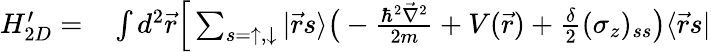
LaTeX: \begin{array}{rl}{H_{2D}^{\prime}=}&{{}\int d^{2}\vec{r}\Big[\sum_{s=\uparrow,\downarrow}|\vec{r}s\rangle\bigr(-\frac{\hbar^{2}\vec{\nabla}^{2}}{2m}+V(\vec{r})+\frac{\delta}{2}(\sigma_{z})_{ss}\bigr)\langle\vec{r}s|}\end{array}